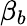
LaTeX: \beta_{b}